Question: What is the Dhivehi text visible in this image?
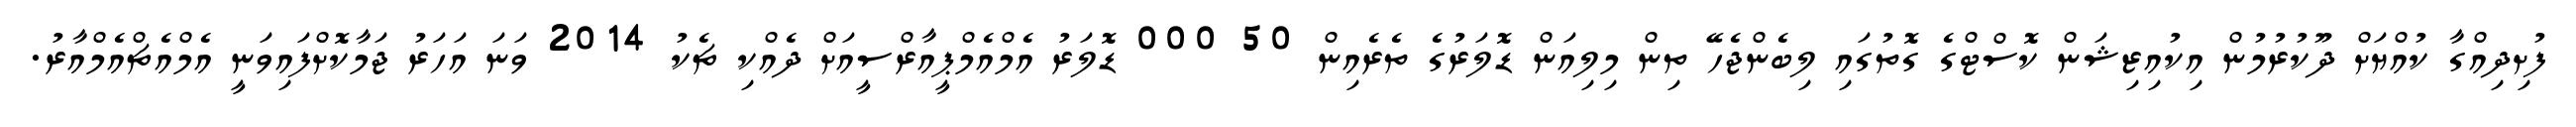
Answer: ފުށިދިއްގާ ކުއްޔަށް ދޫކުރުމުން އިކުއިޒިޝަން ކޮސްޓްގެ ގޮތުގައި ލިބެންޖެހޭ ތިން މިލިއަން ޑޮލަރުގެ ތެރެއިން 50 000 ޑޮލަރު އެމްއެމްޕީއާރްސީއަށް ދެއްކި ޗެކު 2014 ވަނަ އަހަރު ޖަމާކޮށްފައިވަނީ އެމްއެޗްއެމްއާރު.